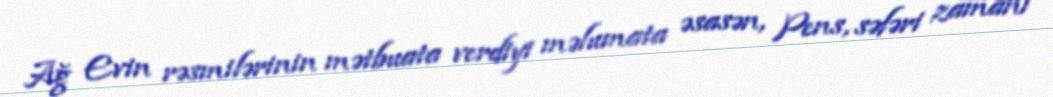
Ağ Evin rəsmilərinin mətbuata verdiyi məlumata əsasən, Pens, səfəri zamanı